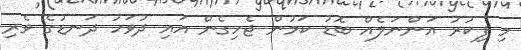
މި ފިކުރު އަންނަލެއް ބޮޑު ކަމުން ޖެހިގެން އައި ދުވަހު ދަނޑުގެ ވެރި